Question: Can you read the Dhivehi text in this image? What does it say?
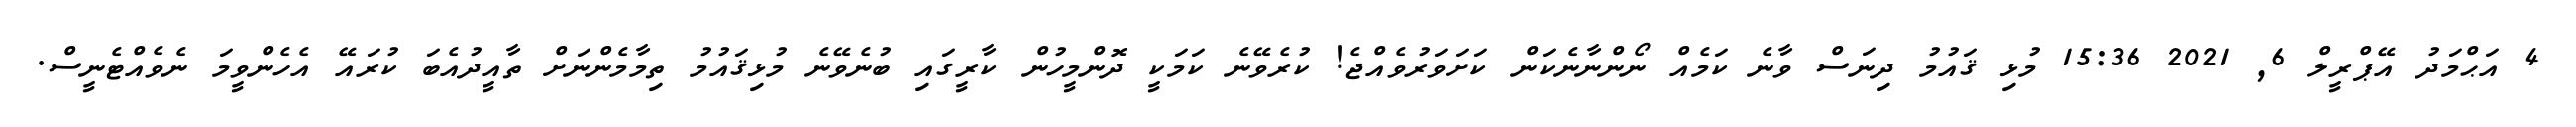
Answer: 4 އަޙްމަދު އޭޕްރީލް 6, 2021 15:36 މުޅި ޤައުމު ދިނަސް ވާނެ ކަމެއް ނޯންނާނެކަން ކަށަވަރުވެއްޖެ! ކުރެވޭނެ ކަމަކީ ދޮންމީހުން ކާރީގައި ބުނެވޭނެ މުޅިޤައުމު ތިމާމެންނަށް ތާއީދުއެބަ ކުރައޭ އެހެންވީމަ ނެވެއްޓެނީސް.